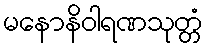
မနောနိဝါရဏသုတ္တံ